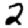
Digit: 2